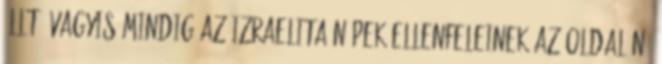
állt, vagyis mindig az izraelita népek ellenfeleinek az oldalán.